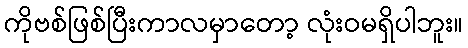
ကိုဗစ်ဖြစ်ပြီးကာလမှာတော့ လုံးဝမရှိပါဘူး။